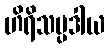
ဟိရိသမ္ပဒါယ